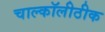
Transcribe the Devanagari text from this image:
चाल्कॉलीठीक